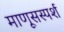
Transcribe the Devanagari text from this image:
माणूसस्पर्श